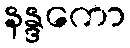
နန္ဒကော